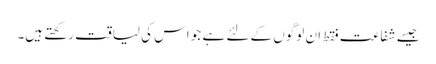
جیسے شفاعت فقط ان لوگوں کے لئے ہے جو اس کی لیاقت رکھتے ہیں۔